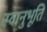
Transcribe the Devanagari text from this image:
स्‍वानुभूति